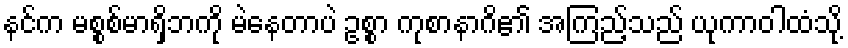
နင်က မစ္စစ်မာရှိဘကို မဲနေတာပဲ ဥစ္စာ ကုစာနာဂိ၏ အကြည့်သည် ယုကာဝါထံသို့